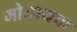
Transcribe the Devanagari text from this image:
मोजायचा